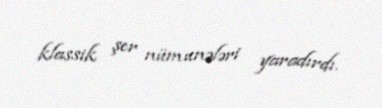
klassik şer nümunələri yaradırdı.